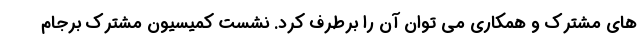
های مشترک و همکاری می توان آن را برطرف کرد. نشست کمیسیون مشترک برجام